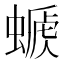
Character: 𧏕